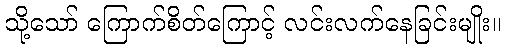
သို့သော် ကြောက်စိတ်ကြောင့် လင်းလက်နေခြင်းမျိုး။